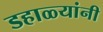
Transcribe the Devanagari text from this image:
डहाळ्यांनी